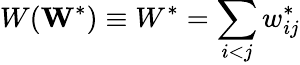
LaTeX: W(\mathbf{W}^{*})\equiv W^{*}=\sum_{i<j}w_{ij}^{*}